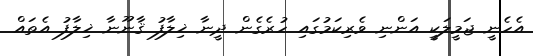
އެހެނީ ޖަމީލަކީ އަންނި ވެރިކަމުގައި ހުރެގެން ދީނާ ޚިލާފު ޤާނޫނާ ޚިލާފު އެތައް